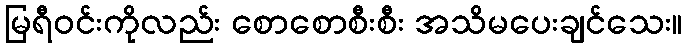
မြရီဝင်းကိုလည်း စောစောစီးစီး အသိမပေးချင်သေး။